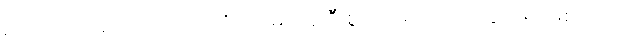
ဥပါသကေ၊ ဥပါသကာတို့ကို။ ပဌမံ၊ ရှေးဦးစွာ။ သရဏံ၊ ကိုးကွယ်ရာဖြစ်သော